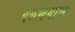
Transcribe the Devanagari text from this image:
वरुणगाछ